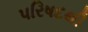
પરિષદથી